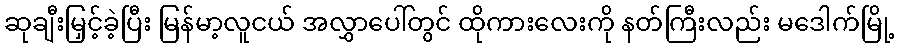
ဆုချီးမြှင့်ခဲ့ပြီး မြန်မာ့လူငယ် အလွှာပေါ်တွင် ထိုကားလေးကို နတ်ကြီးလည်း မဒေါက်မြို့